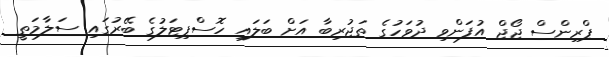
ޕްރިންސް ޖޯޖް އުފަންވި ދުވަހުގެ ތަޖުރިބާ އަށް ބަލައި ހޮސްޕިޓަލުގެ ބޭރުގައި ސަލާމަތީ